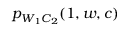
p _ { W _ { 1 } C _ { 2 } } ( 1 , w , c )